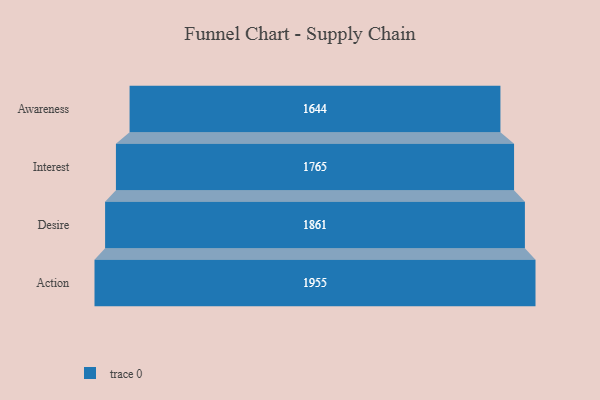
{"axis": {"x": "Stage", "y": "Value"}, "legend": [""], "data": [{"x": "Awareness", "y": 1644.0, "type": ""}, {"x": "Interest", "y": 1765.0, "type": ""}, {"x": "Desire", "y": 1861.0, "type": ""}, {"x": "Action", "y": 1955.0, "type": ""}]}